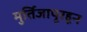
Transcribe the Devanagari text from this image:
मुर्तिजापूरहून